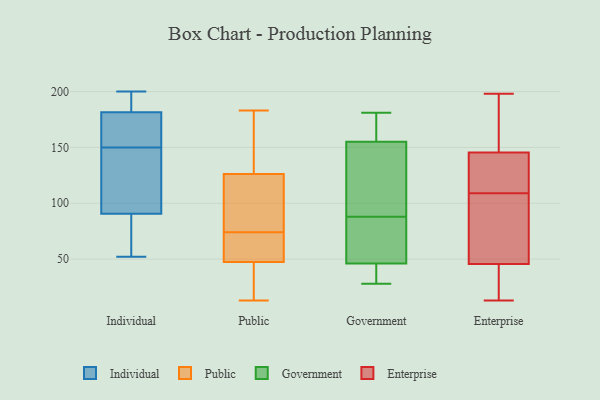
{"axis": {"x": "LTV (USD)", "y": "Value"}, "legend": ["Enterprise", "Government", "Individual", "Public"], "data": [{"x": "", "y": 180, "type": "Individual"}, {"x": "", "y": 200, "type": "Individual"}, {"x": "", "y": 74, "type": "Individual"}, {"x": "", "y": 158, "type": "Individual"}, {"x": "", "y": 96, "type": "Individual"}, {"x": "", "y": 98, "type": "Individual"}, {"x": "", "y": 52, "type": "Individual"}, {"x": "", "y": 194, "type": "Individual"}, {"x": "", "y": 65, "type": "Individual"}, {"x": "", "y": 142, "type": "Individual"}, {"x": "", "y": 177, "type": "Individual"}, {"x": "", "y": 150, "type": "Individual"}, {"x": "", "y": 186, "type": "Individual"}, {"x": "", "y": 129, "type": "Public"}, {"x": "", "y": 71, "type": "Public"}, {"x": "", "y": 183, "type": "Public"}, {"x": "", "y": 67, "type": "Public"}, {"x": "", "y": 74, "type": "Public"}, {"x": "", "y": 161, "type": "Public"}, {"x": "", "y": 44, "type": "Public"}, {"x": "", "y": 118, "type": "Public"}, {"x": "", "y": 68, "type": "Public"}, {"x": "", "y": 112, "type": "Public"}, {"x": "", "y": 182, "type": "Public"}, {"x": "", "y": 13, "type": "Public"}, {"x": "", "y": 28, "type": "Public"}, {"x": "", "y": 79, "type": "Public"}, {"x": "", "y": 17, "type": "Public"}, {"x": "", "y": 36, "type": "Public"}, {"x": "", "y": 58, "type": "Public"}, {"x": "", "y": 173, "type": "Public"}, {"x": "", "y": 99, "type": "Public"}, {"x": "", "y": 46, "type": "Government"}, {"x": "", "y": 181, "type": "Government"}, {"x": "", "y": 91, "type": "Government"}, {"x": "", "y": 77, "type": "Government"}, {"x": "", "y": 37, "type": "Government"}, {"x": "", "y": 111, "type": "Government"}, {"x": "", "y": 85, "type": "Government"}, {"x": "", "y": 28, "type": "Government"}, {"x": "", "y": 170, "type": "Government"}, {"x": "", "y": 155, "type": "Government"}, {"x": "", "y": 87, "type": "Enterprise"}, {"x": "", "y": 198, "type": "Enterprise"}, {"x": "", "y": 46, "type": "Enterprise"}, {"x": "", "y": 13, "type": "Enterprise"}, {"x": "", "y": 24, "type": "Enterprise"}, {"x": "", "y": 138, "type": "Enterprise"}, {"x": "", "y": 138, "type": "Enterprise"}, {"x": "", "y": 115, "type": "Enterprise"}, {"x": "", "y": 103, "type": "Enterprise"}, {"x": "", "y": 154, "type": "Enterprise"}, {"x": "", "y": 45, "type": "Enterprise"}, {"x": "", "y": 153, "type": "Enterprise"}]}